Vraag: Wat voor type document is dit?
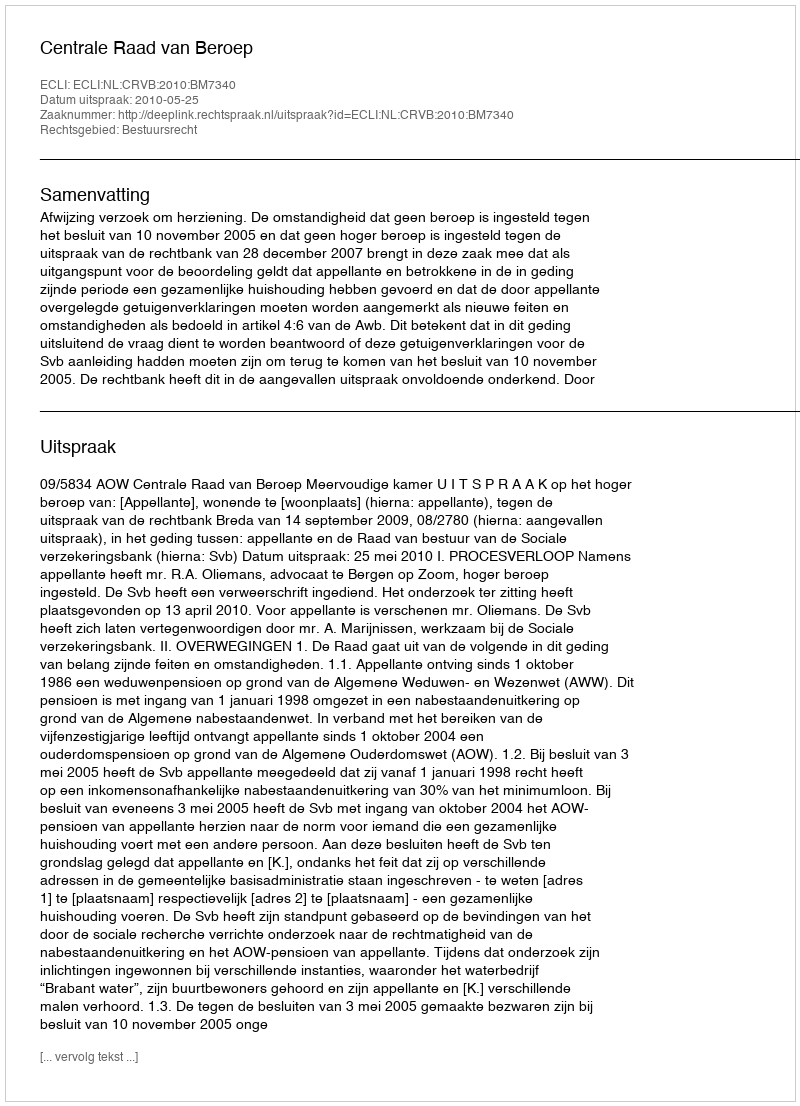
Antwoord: Uitspraak